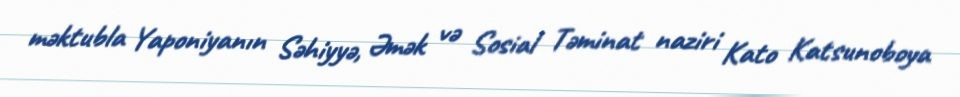
məktubla Yaponiyanın Səhiyyə, Əmək və Sosial Təminat naziri Kato Katsunoboya